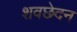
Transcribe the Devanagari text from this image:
शवछेदन